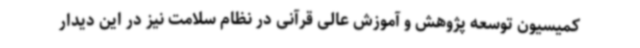
کمیسیون توسعه پژوهش و آموزش عالی قرآنی در نظام سلامت نیز در این دیدار